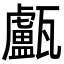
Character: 𤮧